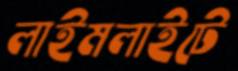
লাইমলাইটে